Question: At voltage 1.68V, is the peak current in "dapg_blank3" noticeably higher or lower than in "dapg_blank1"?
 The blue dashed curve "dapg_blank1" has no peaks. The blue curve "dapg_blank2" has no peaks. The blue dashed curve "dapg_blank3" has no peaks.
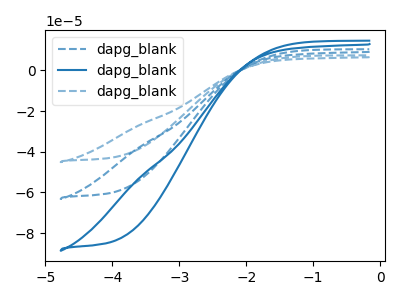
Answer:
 <answer>"dapg_blank3" and "dapg_blank1" dont share a peak at 1.68V.</answer>
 <eval>mismatch</eval>